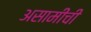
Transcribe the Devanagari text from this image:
असामींची